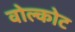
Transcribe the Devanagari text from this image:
वोल्कोट